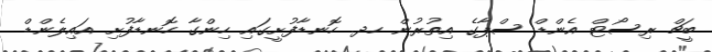
ބީޗް ރިސޯޓް އެންޑް ސްޕާގެ އިތުރުން ހދ. ހޮނޑާފުށީގައި ހިންގާ ހޮނޑާފުށި އައިލެންޑް